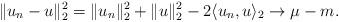
LaTeX: \begin{align*} \Vert u_n-u\Vert_2^2=\Vert u_n\Vert_2^2+\Vert u\Vert_2^2-2 \langle u_n,u\rangle_2\to \mu- m.\end{align*}